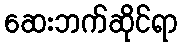
ဆေးဘက်ဆိုင်ရာ